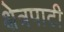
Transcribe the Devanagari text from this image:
क्षेत्रपाटी